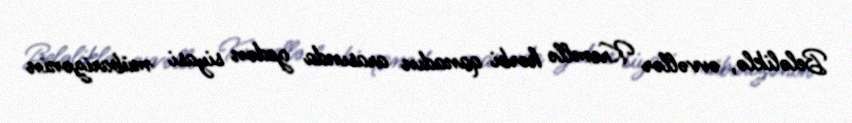
Beləliklə, əvvəllər Kremllə hərbi qanadın arasında gedən siyasi mübarizənin